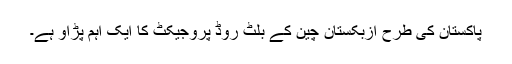
پاکستان کی طرح ازبکستان چین کے بلٹ روڈ پروجیکٹ کا ایک اہم پڑاؤ ہے۔